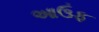
આઉફ